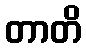
တာတိ